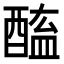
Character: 𨡿